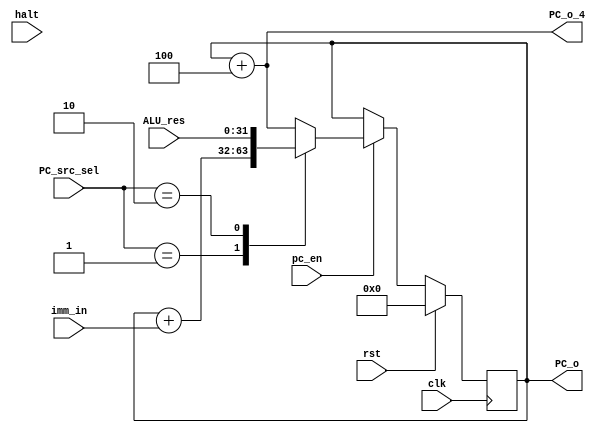
module PC_adder(
    input wire clk,rst,pc_en,
    input wire[31:0] imm_in, ALU_res,
    input wire[1:0]PC_src_sel,
    input wire halt,pc_en,
    output wire[31:0] PC_o,
	output wire[31:0]PC_o_4
    );
    reg[31:0]PC1,PC2;
    reg[31:0]curr_PC, nxt_PC;
            
    always @(posedge clk)begin
    if(!rst)
     if(pc_en == 1)begin
      //if(!halt)curr_PC <= nxt_PC;
      //else curr_PC <= curr_PC;
      curr_PC <= nxt_PC;
      end
     else curr_PC <= curr_PC; 
    else curr_PC = 0;
    end
    
    always @* begin
     PC1 = curr_PC + 4;
    end
    
    always @* begin
     PC2 = curr_PC + imm_in;
    end
    
    always @* begin
    case(PC_src_sel)
     2'b00: nxt_PC = PC1;
     2'b01: nxt_PC = PC2;
     2'b10: nxt_PC = ALU_res;
     default:nxt_PC = PC1;
    endcase
    end
       
    assign PC_o = curr_PC;
    assign PC_o_4 = PC1;
endmodule